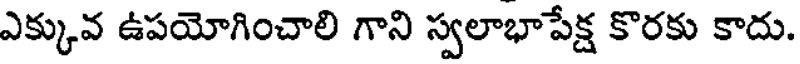
ఎక్కువ ఉపయోగించాలి గాని స్వలాభాపేక్ష కొరకు కాదు.